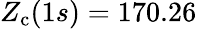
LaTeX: Z_{\mathrm{c}}(1s)=170.26